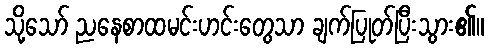
သို့သော် ညနေစာထမင်းဟင်းတွေသာ ချက်ပြုတ်ပြီးသွား၏။